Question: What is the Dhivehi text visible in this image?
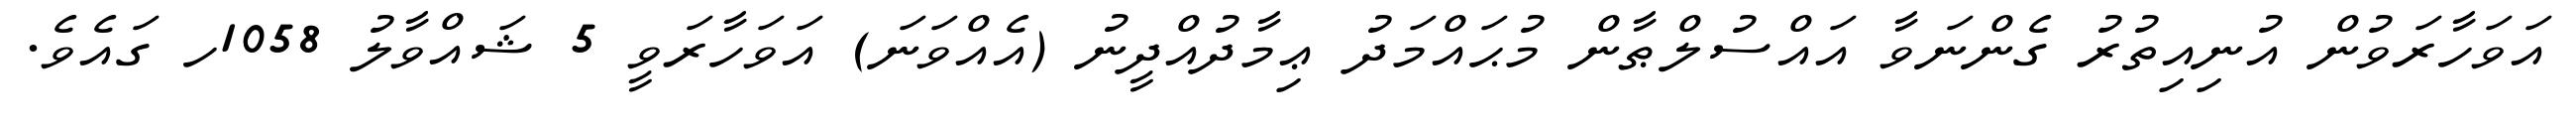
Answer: އަވަހާރަވުން އުނިއިތުރު ގެންނަވާ އައްސުލްޠާން މުޙައްމަދު ޢިމާދުއްދީނު (އެއްވަނަ) އަވަހާރަވީ 5 ޝައްވާލު 1058ހ ގައެވެ.